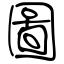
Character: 圖